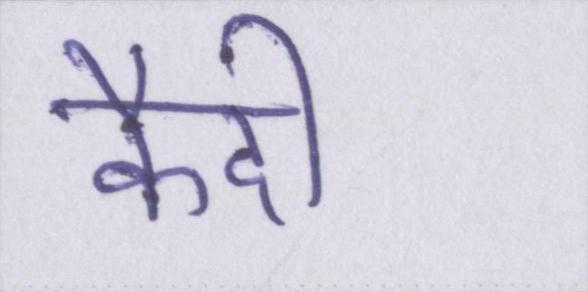
कैदी